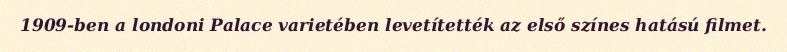
1909-ben a londoni Palace varietében levetítették az első színes hatású filmet.